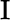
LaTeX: \mathrm{I}